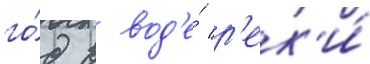
го́д в вод'е́ р'ек'и́